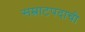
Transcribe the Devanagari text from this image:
सम्राटपदाची